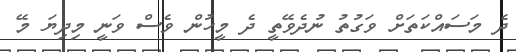
ދެ މަސައްކަތަށް ވަގުތު ނުދެވޭތީ ދެ މީހުން ވެސް ވަނީ މިދިޔަ މޭ